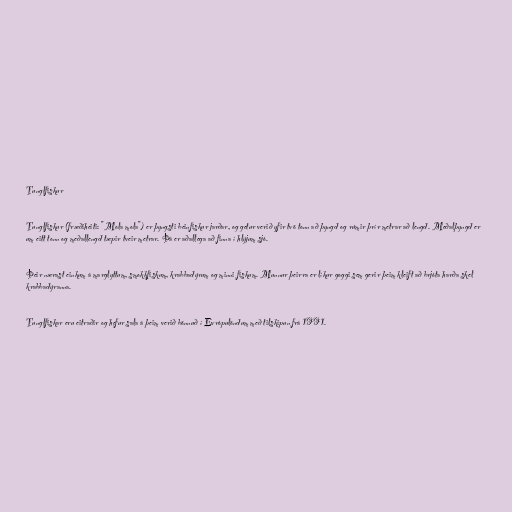
Tunglfiskur

Tunglfiskur (fræðiheiti: "Mola mola") er þyngsti beinfiskur jarðar, og getur verið yfir tvö tonn að þyngd og rúmir þrír metrar að lengd. Meðalþyngd er
um eitt tonn og meðallengd tæpir tveir metrar. Þá er aðallega að finna í hlýjum sjó.

Þeir nærast einkum á marglyttum, smokkfiskum, krabbadýrum og minni fiskum. Munnur þeirra er líkur goggi sem gerir þeim kleift að brjóta harða skel
krabbadýranna.

Tunglfiskar eru eitraðir og hefur sala á þeim verið bönnuð í Evrópulöndum með tilskipun frá 1991.